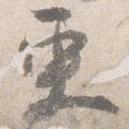
更